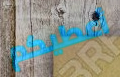
أعطيكم